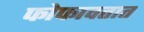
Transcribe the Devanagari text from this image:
फोफावतात